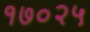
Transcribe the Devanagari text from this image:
१७०२५